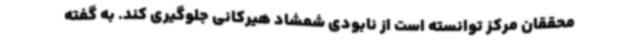
محققان مرکز توانسته است از نابودی شمشاد هیرکانی جلوگیری کند. به گفته